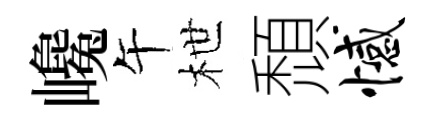
巉午枻頹憾